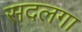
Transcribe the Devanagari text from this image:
सदलगा